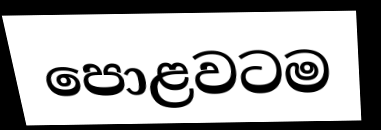
පොළවටම